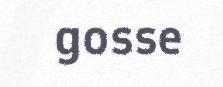
gosse